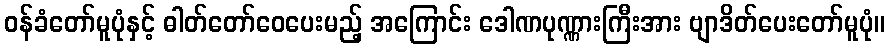
ဝန်ခံတော်မူပုံနှင့် ဓါတ်တော်ဝေပေးမည့် အကြောင်း ဒေါဏပုဏ္ဏားကြီးအား ဗျာဒိတ်ပေးတော်မူပုံ။